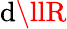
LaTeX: \mathrm{d}\llR